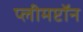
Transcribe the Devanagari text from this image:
प्लीमप्टॉन